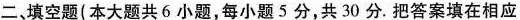
二，填空题(本大题共6小题，每小题5分，共30分。把答案填在相应